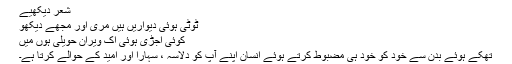
شعر دیکھیے
ٹوٹی ہوئی دیواریں ہیں مری اور مجھے دیکھو
کوئی اجڑی ہوئی اک ویران حویلی ہوں میں
تھکے ہوئے بدن سے خود کو خود ہی مضبوط کرتے ہوئے انسان اپنے آپ کو دلاسہ ، سہارا اور امید کے حوالے کرتا ہے۔